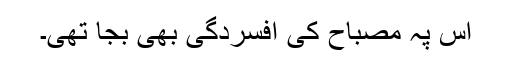
اس پہ مصباح کی افسردگی بھی بجا تھی۔